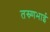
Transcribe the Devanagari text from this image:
तस्र्णभाई